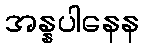
အန္နပါနေန